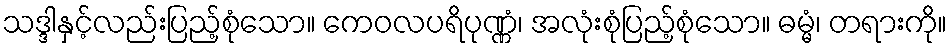
သဒ္ဒါနှင့်လည်းပြည့်စုံသော။ ကေဝလပရိပုဏ္ဏံ၊ အလုံးစုံပြည့်စုံသော။ ဓမ္မံ၊ တရားကို။